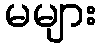
မများ